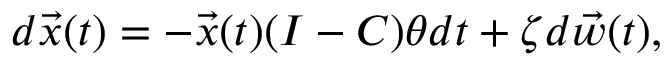
\begin{array} { r } { d \vec { x } ( t ) = - \vec { x } ( t ) ( I - C ) \theta d t + \zeta d \vec { w } ( t ) , } \end{array}